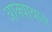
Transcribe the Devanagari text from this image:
आक्याथास